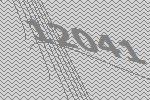
12041